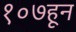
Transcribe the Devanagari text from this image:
१०७हून